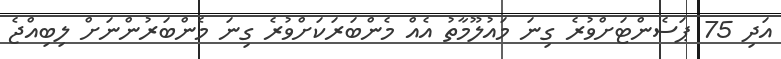
އަދި 75 ޕަސެންޓަށްވުރެ ގިނަ މައުލޫމާތު އެއް މެންބަރަކަށްވުރެ ގިނަ މެންބަރުންނަށް ލިބިއްޖެ